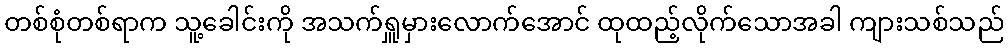
တစ်စုံတစ်ရာက သူ့ခေါင်းကို အသက်ရှူမှားလောက်အောင် ထုထည့်လိုက်သောအခါ ကျားသစ်သည်